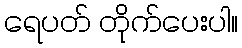
ရေပတ် တိုက်ပေးပါ။